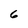
Character: 6